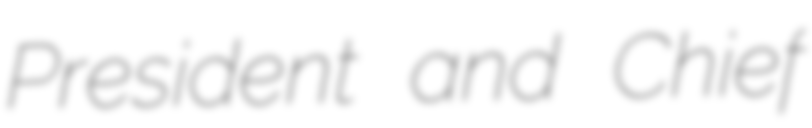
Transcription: President and Chief